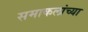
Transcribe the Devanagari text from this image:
समाकलांच्या